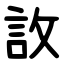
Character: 䚺